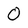
Character: 0